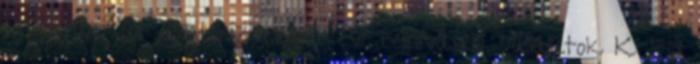
kutatásokat ösztönző 2018. évi felhívásról Vállalatok K F I